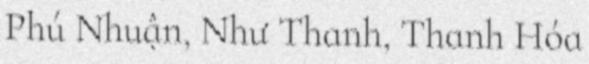
Phú Nhuận, Như Thanh, Thanh Hóa